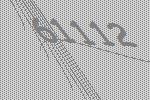
61112